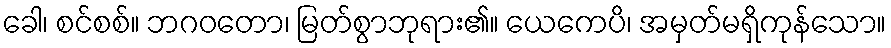
ခေါ၊ စင်စစ်။ ဘဂဝတော၊ မြတ်စွာဘုရား၏။ ယေကေပိ၊ အမှတ်မရှိကုန်သော။